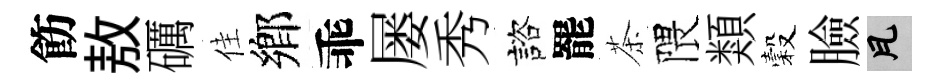
飭敖礪佳鄉乖屡秀諮罷茶隈類穀臉瓦